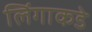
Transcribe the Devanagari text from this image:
लिंगाकडे